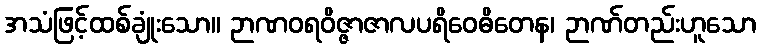
အသံဖြင့်ထစ်ချုံးသော။ ဉာဏဝရဝိဇ္ဇာဇာလပရိဝေဓိတေန၊ ဉာဏ်တည်းဟူသော